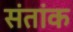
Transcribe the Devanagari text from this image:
संतांक